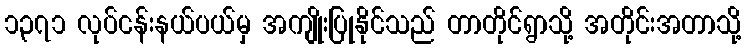
၁၃၇၁ လုပ်ငန်းနယ်ပယ်မှ အကျိုးပြုနိုင်သည် တာတိုင်ရွာသို့ အတိုင်းအတာသို့